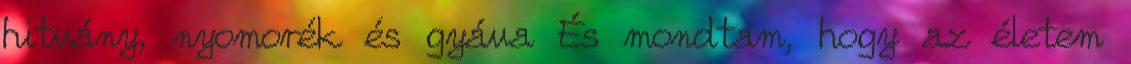
hitvány, nyomorék és gyáva És mondtam, hogy az életem